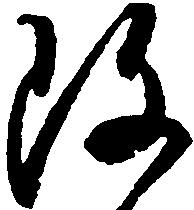
改